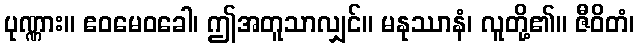
ပုဏ္ဏား။ ဧဝမေဝခေါ၊ ဤအတူသာလျှင်။ မနုဿာနံ၊ လူတို့၏။ ဇီဝိတံ၊